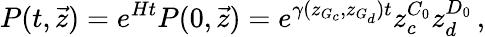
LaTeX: P(t,\vec{z})=e^{Ht}P(0,\vec{z})=e^{\gamma(z_{G_{c}},z_{G_{d}})t}z_{c}^{C_{0}}z_{d}^{D_{0}}\, ,